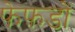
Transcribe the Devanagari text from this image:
फेफ़डों